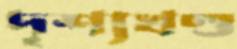
দৃশ্যখণ্ড